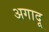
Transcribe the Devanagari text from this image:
अगादू